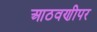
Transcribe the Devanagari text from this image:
आठवणीपर